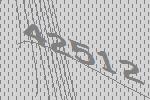
42512